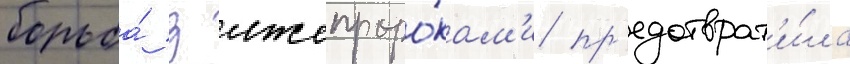
борьба́ з лжепроро́кам'и пр'едотврат'и́ла